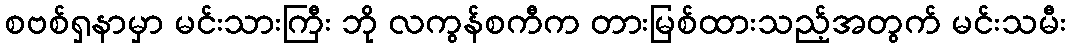
စဗစ်ရှနာမှာ မင်းသားကြီး ဘို လကွန်စကီက တားမြစ်ထားသည့်အတွက် မင်းသမီး